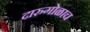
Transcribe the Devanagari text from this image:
दारुगोळाच